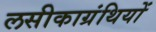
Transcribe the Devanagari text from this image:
लसीकाग्रंथियों